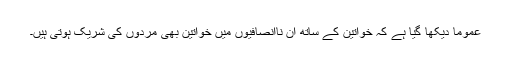
عموماَ دیکھا گیا ہے کہ خواتین کے ساتھ ان ناانصافیوں میں خواتین بھی مردوں کی شریک ہوتی ہیں۔